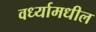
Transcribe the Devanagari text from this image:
वर्ध्यामधील